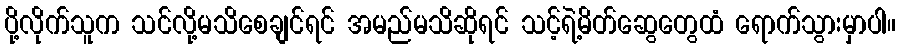
ပို့လိုက်သူက သင်လို့မသိစေချင်ရင် အမည်မသိဆိုရင် သင့်ရဲ့မိတ်ဆွေတွေထံ ရောက်သွားမှာပါ။